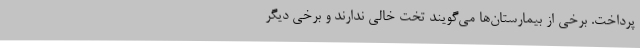
پرداخت. برخی از بیمارستان‌ها می‌گویند تخت خالی ندارند و برخی دیگر